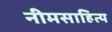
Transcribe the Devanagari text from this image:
नीमसाहित्य